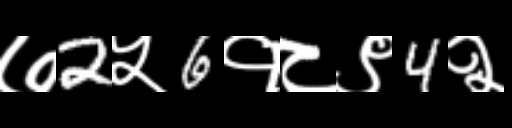
Text: ७2५6१८९4२